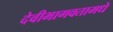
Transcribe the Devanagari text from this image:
देवीभागवतामधे